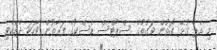
މި އެޕާ ގުޅޭ ގޮތުން ވަގުތުގެ ސްޕޯޓްސް ޑެސްކުގެ ފަރާތުން ވާހަކަ ދެއްކެވި